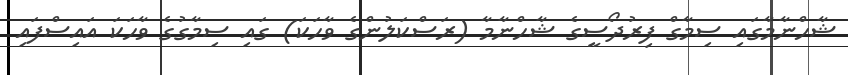
ޝާހްނާމާގައި ސިމާގް ފިރުދޯސީގެ ޝާހްނާމާ (ރަސްކަލުންގެ ވާހަކަ) ގައި ސިމާގުގެ ވާހަކަ އައިސްފައި